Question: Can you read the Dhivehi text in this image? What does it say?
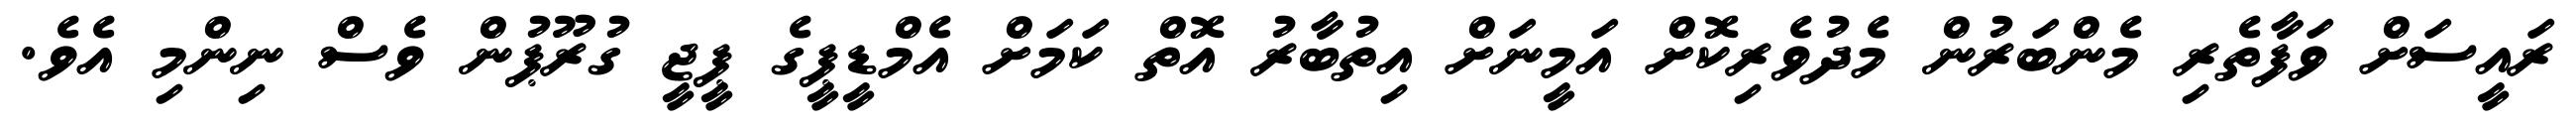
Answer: ރައީސަށް ވަފާތެރި މެންބަރުން މެދުވެރިކޮށް އަމީނަށް އިތުބާރު އޮތް ކަމަށް އެމްޑީޕީގެ ޕީޖީ ގުރޫޕުން ވެސް ނިންމި އެވެ.